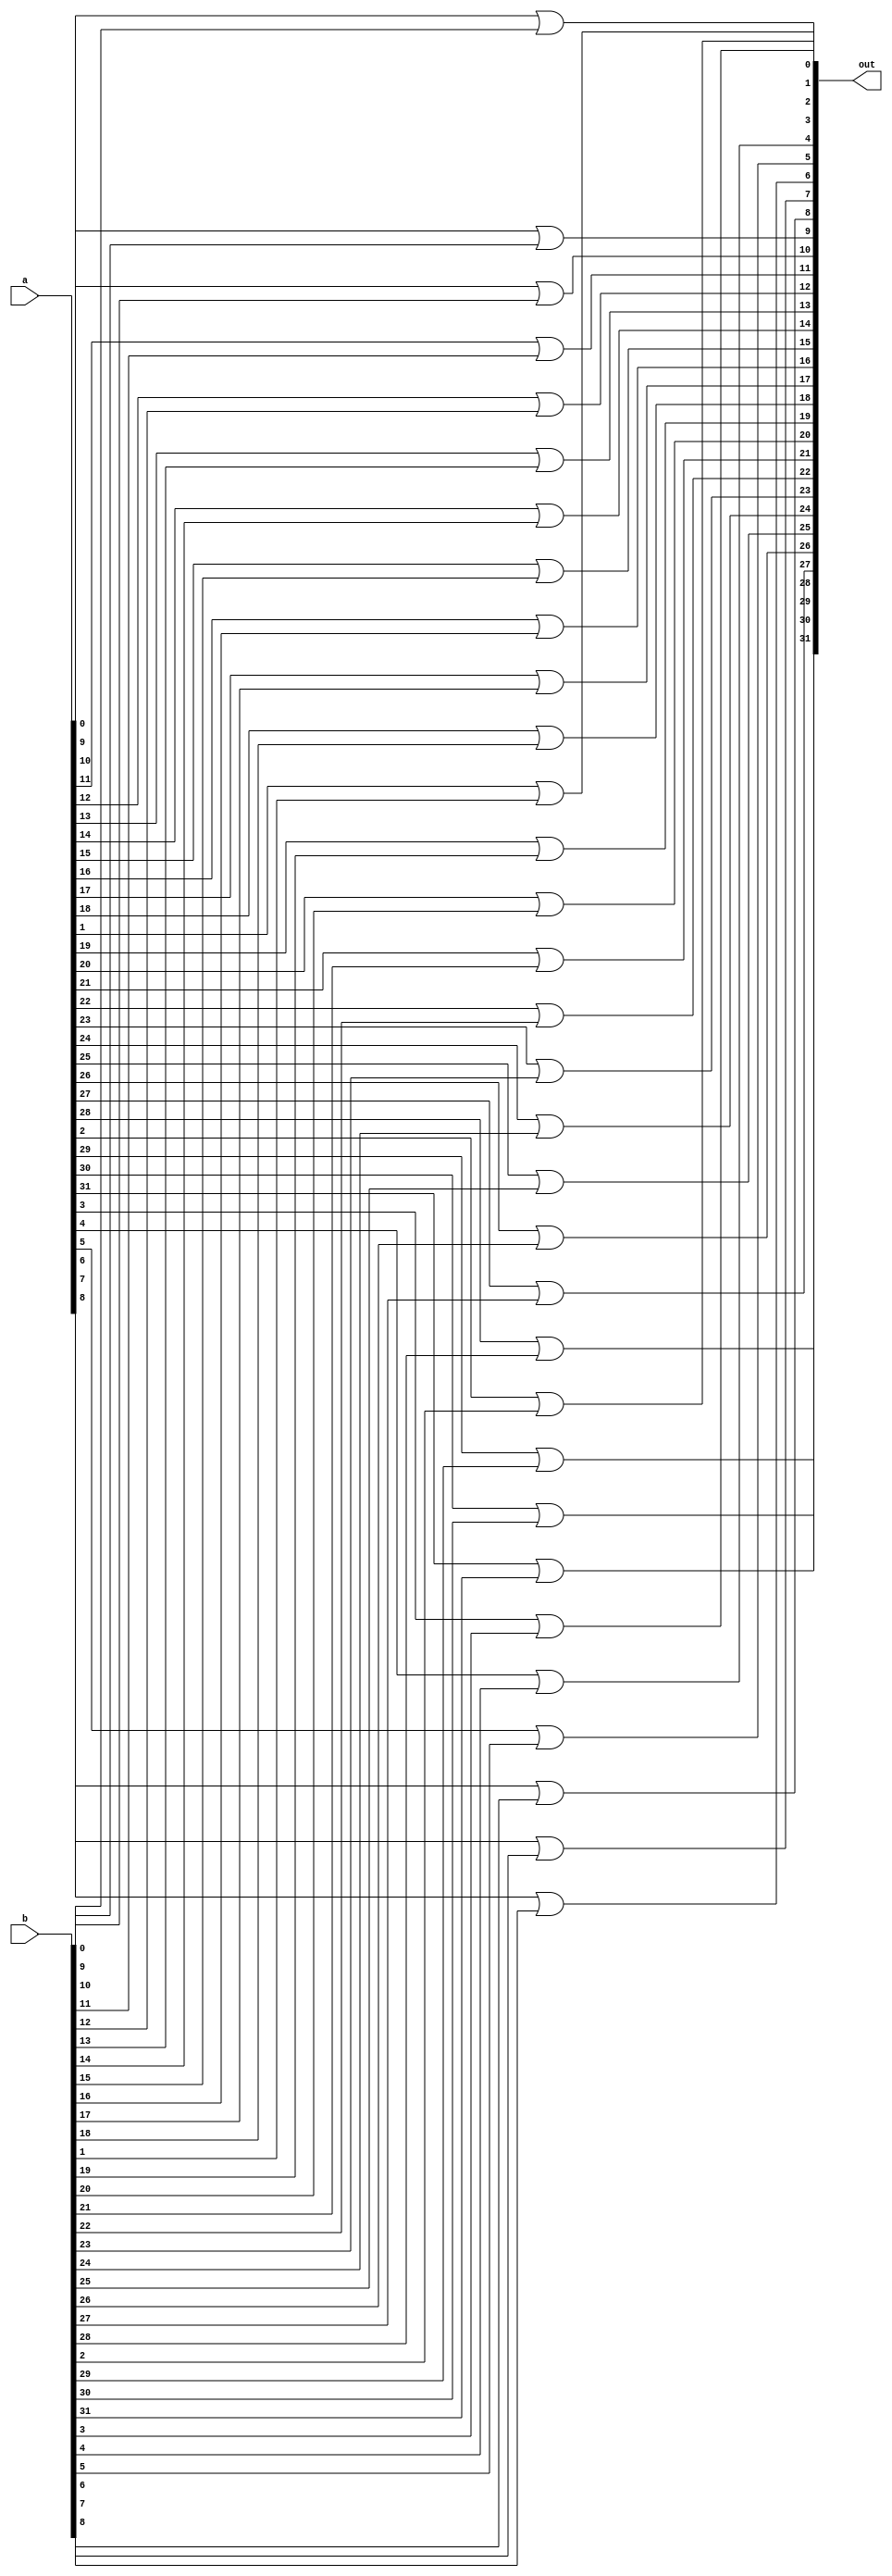
module OR_func(out, a, b);
	input [31:0] a;
	input [31:0] b;
	output [31:0] out;
	genvar i;
	generate
		for(i = 0; i < 32; i = i + 1) begin : label
			or or_func(out[i], a[i], b[i]);
		end
	endgenerate
endmodule